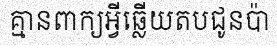
គ្មានពាក្យអ្វីឆ្លើយតបជូនប៉ា